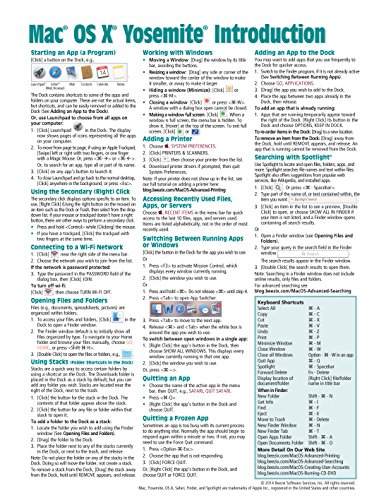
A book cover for Mac OS X Yosemite Introduction Quick Reference Guide (Cheat Sheet of Instructions, Tips & Shortcuts - Laminated Guide); Beezix Inc; Computers & Technology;